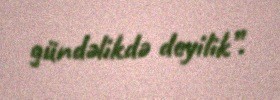
gündəlikdə deyilik”.